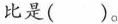
比是( )。